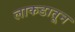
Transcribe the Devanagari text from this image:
लाकडातून